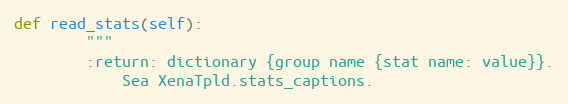
Language: Python
def read_stats(self):
        """
        :return: dictionary {group name {stat name: value}}.
            Sea XenaTpld.stats_captions.